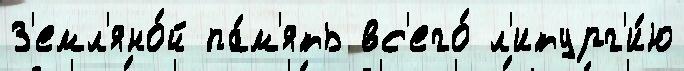
З'емл'яно́й па́м'ять вс'его́ л'итург'и́ю